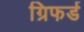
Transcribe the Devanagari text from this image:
ग्रिफर्ड